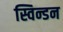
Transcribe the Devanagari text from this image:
स्विन्डन